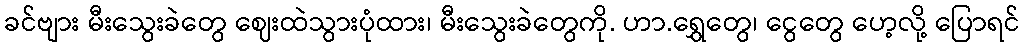
ခင်ဗျား မီးသွေးခဲတွေ ဈေးထဲသွားပုံထား၊ မီးသွေးခဲတွေကို. ဟာ.ရွှေတွေ၊ ငွေတွေ ဟေ့လို့ ပြောရင်